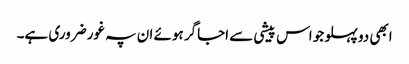
ابھی دو پہلو جو اس پیشی سے اجاگر ہوئے ان پہ غور ضروری ہے۔